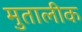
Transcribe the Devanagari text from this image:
मुतालीक